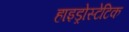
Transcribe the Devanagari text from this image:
हाइड्रोस्टेटिक